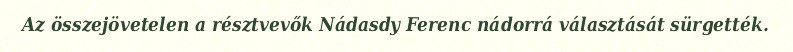
Az összejövetelen a résztvevők Nádasdy Ferenc nádorrá választását sürgették.